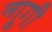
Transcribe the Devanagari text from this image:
न्गूगी